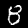
Label: 8